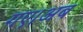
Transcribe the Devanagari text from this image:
गए।अब